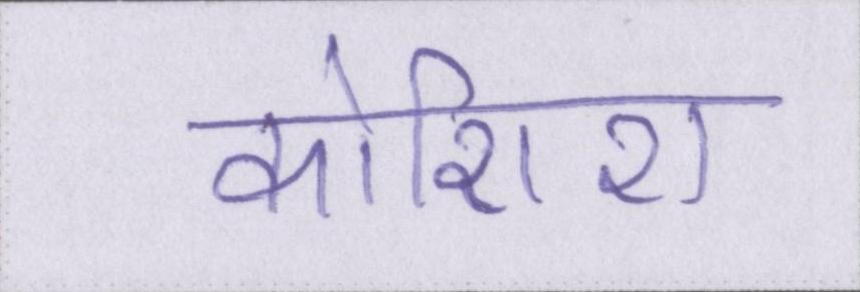
कोशिश